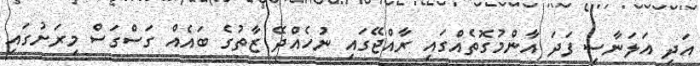
އަދި އަލަނާސި ފަދަ އާންމުގޮތެއްގައި ރާއްޖޭގައި ނުހެއްދޭ ޒާތުގެ ބައެއް ގަސްގަސް މިރަށުގައި